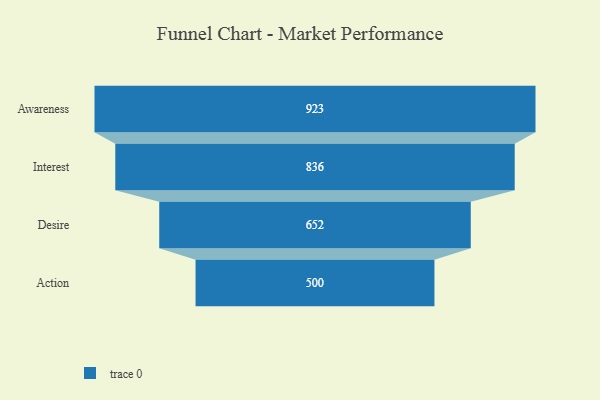
{"axis": {"x": "Stage", "y": "Value"}, "legend": [""], "data": [{"x": "Awareness", "y": 923.0, "type": ""}, {"x": "Interest", "y": 836.0, "type": ""}, {"x": "Desire", "y": 652.0, "type": ""}, {"x": "Action", "y": 500, "type": ""}]}